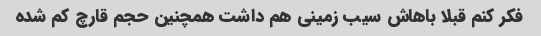
فکر کنم قبلا باهاش سیب زمینی هم داشت همچنین حجم قارچ کم شده